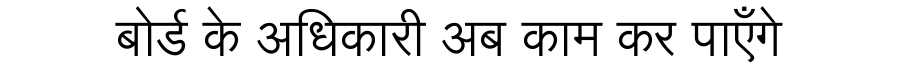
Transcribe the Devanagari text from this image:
बोर्ड के अधिकारी अब काम कर पाएँगे